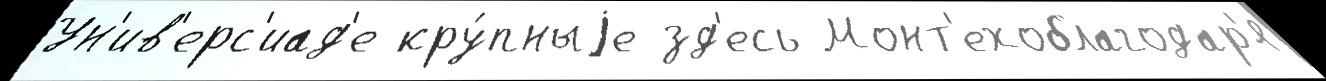
Ун'ив'ерс'иад'е кру́пныjе зд'есь Монт'ехоблагодар'я